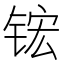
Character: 𬭎